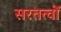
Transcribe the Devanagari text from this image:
सरतत्वों